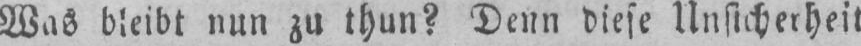
Was bleibt nun zu thun? Denn diese Unsicherheit